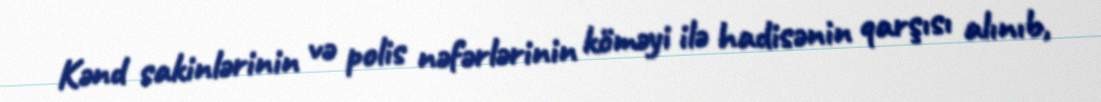
Kənd sakinlərinin və polis nəfərlərinin köməyi ilə hadisənin qarşısı alınıb,